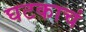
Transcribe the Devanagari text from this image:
घटकाचं